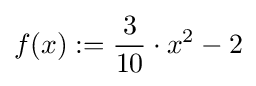
f(x):={\frac {3}{10}}\cdot x^{2}-2